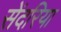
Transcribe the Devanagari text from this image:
सेंदरिया